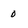
Character: 0